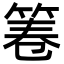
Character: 𮅒